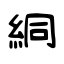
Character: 絧